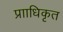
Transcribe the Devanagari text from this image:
प्रााधिकृत